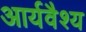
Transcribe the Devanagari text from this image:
आर्यवैश्‍य